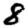
Digit: 8